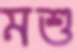
মশু